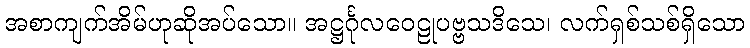
အစာကျက်အိမ်ဟုဆိုအပ်သော။ အဋ္ဌင်္ဂုလဝေဠုပဗ္ဗသဒိသေ၊ လက်ရှစ်သစ်ရှိသော